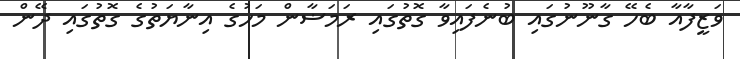
ވަޒީފާއާ ބެހޭ ގާނޫނުގައި ބުނެފައިވާ ގޮތުގައި ރަމަޟާން މަހުގެ އިނާޔަތުގެ ގޮތުގައި ދޭން